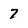
Character: 7